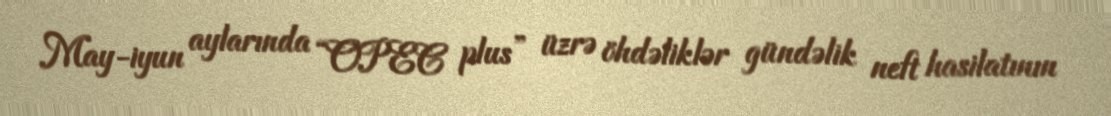
May-iyun aylarında “OPEC plus” üzrə öhdəliklər gündəlik neft hasilatının